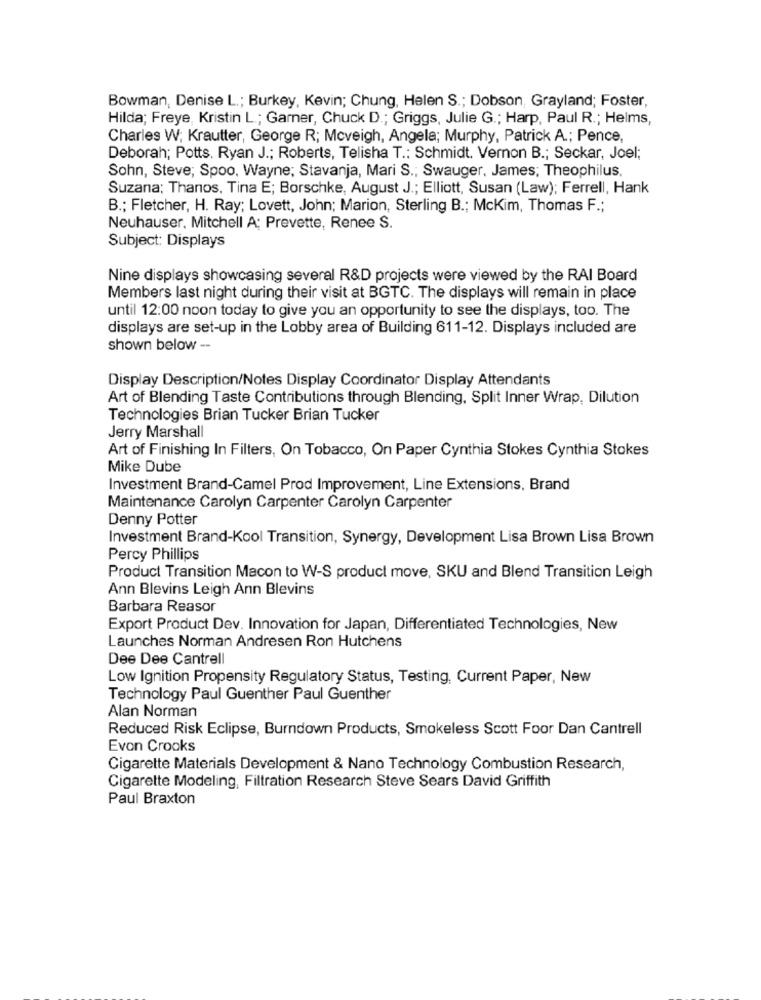
Bowman, Denise L .; Burkey, Kevin; Chung, Helen S .; Dobson, Grayland; Foster,
Hilda; Freye, Kristin L .; Garner, Chuck D .; Griggs, Julie G .; Harp, Paul R .; Helms,
Charles W; Krautter, George R; Mcveigh, Angela; Murphy, Patrick A .; Pence,
Deborah; Potts, Ryan J .; Roberts, Telisha T .: Schmidt. Vernon B .; Seckar, Joel;
Sohn, Steve; Spoo, Wayne; Stavanja, Mari S .; Swauger. James; Theophilus,
Suzana: Thanos, Tina E; Borschke, August J .; Elliott, Susan (Law); Ferrell, Hank
B .; Fletcher, H. Ray; Lovett, John; Marion, Sterling B .; Mckim, Thomas F .;
Neuhauser. Mitchell A; Prevette, Renee S.
Subject: Displays
Nine displays showcasing several R&D projects were viewed by the RAI Board
Members last night during their visit at BGTC. The displays will remain in place
until 12:00 noon today to give you an opportunity to see the displays, too. The
displays are set-up in the Lobby area of Building 611-12. Displays included are
shown below --
Display Description/Notes Display Coordinator Display Attendants
Art of Blending Taste Contributions through Blending, Split Inner Wrap, Dilution
Technologies Brian Tucker Brian Tucker
Jerry Marshall
Art of Finishing In Filters, On Tobacco, On Paper Cynthia Stokes Cynthia Stokes
Mike Dube
Investment Brand-Camel Prod Improvement, Line Extensions, Brand
Maintenance Carolyn Carpenter Carolyn Carpenter
Denny Potter
Investment Brand-Kool Transition, Synergy, Development Lisa Brown Lisa Brown
Percy Phillips
Product Transition Macon to W-S product move, SKU and Blend Transition Leigh
Ann Blevins Leigh Ann Blevins
Barbara Reasor
Export Product Dev. Innovation for Japan, Differentiated Technologies, New
Launches Norman Andresen Ron Hutchens
Dee Dee Cantrell
Low Ignition Propensity Regulatory Status, Testing, Current Paper, New
Technology Paul Guenther Paul Guenther
Alan Norman
Reduced Risk Eclipse, Burndown Products, Smokeless Scott Foor Dan Cantrell
Evon Crooks
Cigarette Materials Development & Nano Technology Combustion Research,
Cigarette Modeling, Filtration Research Steve Sears David Griffith
Paul Braxton